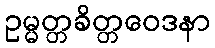
ဥမ္မတ္တခိတ္တဝေဒနာ